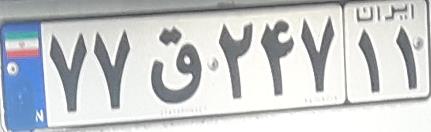
۷۷ق۲۴۷۱۱